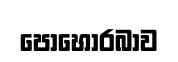
පොහොරබාව